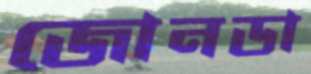
জোনডা